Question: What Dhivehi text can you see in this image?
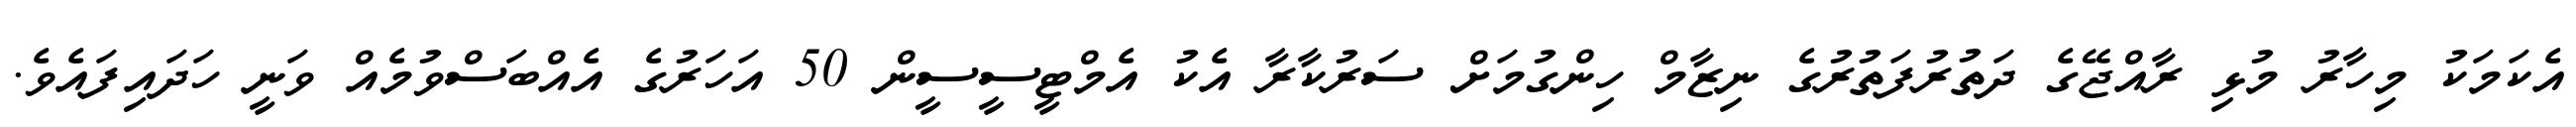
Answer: އެކަމަކު މިހާރު މުޅި ރާއްޖޭގެ ދަތުރުފަތުރުގެ ނިޒާމް ހިންގުމަށް ސަރުކާރާ އެކު އެމްޓީސީސީން 50 އަހަރުގެ އެއްބަސްވުމެއް ވަނީ ހަދައިފައެވެ.